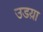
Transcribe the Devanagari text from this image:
उडय़ा